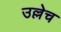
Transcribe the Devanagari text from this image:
उल्लेच